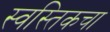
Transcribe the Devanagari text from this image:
स्वस्तिकचा